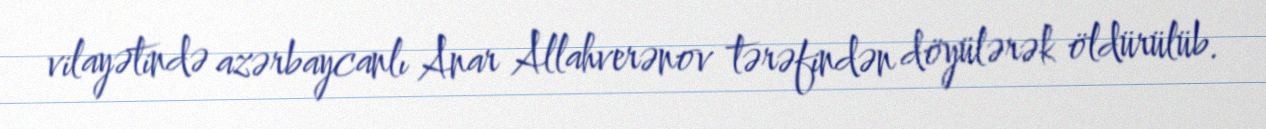
vilayətində azərbaycanlı Anar Allahverənov tərəfindən döyülərək öldürülüb.